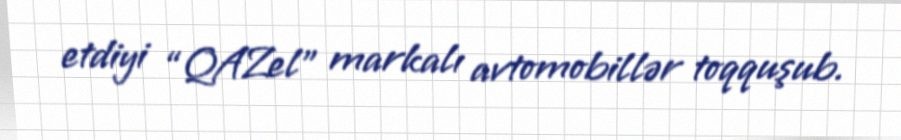
etdiyi “QAZel” markalı avtomobillər toqquşub.